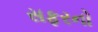
સફરનો